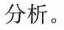
分析。